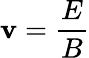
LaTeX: \mathbf{v}={\frac{{E}}{{B}}}